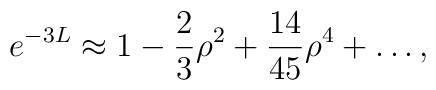
e^{-3L}\approx1-\frac{2}{3}\rho^2+\frac{14}{45}\rho^4 + \ldots,